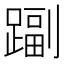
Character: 𨄩